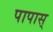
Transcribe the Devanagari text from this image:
पापास्